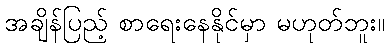
အချိန်ပြည့် စာရေးနေနိုင်မှာ မဟုတ်ဘူး။